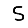
Digit: 5